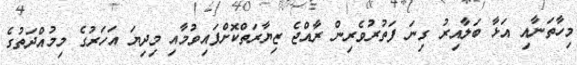
މިހާތަނާއި އަޅާ ބަލާއިރު ގިނަ ފަތުރުވެރިން ރާއްޖެ ޒިޔާރަތްކޮށްފައިވުމާއި މިދިޔަ އަހަރުގެ މިމުއްދަތުގެ